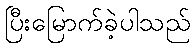
ပြီးမြောက်ခဲ့ပါသည်